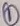
Text: 1